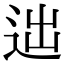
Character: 𨒞